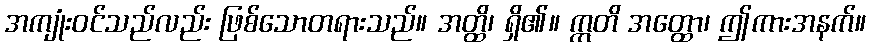
အကျုံးဝင်သည်လည်း ဖြစ်သောတရားသည်။ အတ္ထိ၊ ရှိ၏။ ဣတိ အတ္ထော၊ ဤကားအနက်။